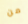
من